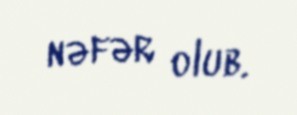
nəfər olub.